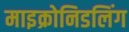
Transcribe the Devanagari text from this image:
माइक्रोनिडलिंग